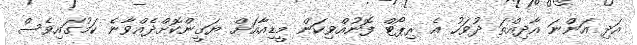
އަދި އަންނަ އާދިއްތަ ދުވަހު އެ ރިޕޯޓް ފޮނުއްވިކަން މީޑިއާއަށް ޔަގީންކޮށްދެއްވާނެ ކަމުގައިވެސް